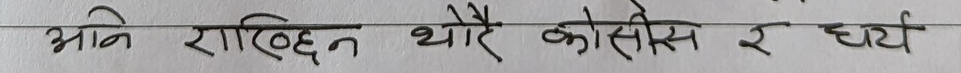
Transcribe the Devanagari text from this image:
अनि राख्छन् थोरै कोसिस र धैर्य